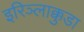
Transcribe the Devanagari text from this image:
इरिञ्लाक्कुडा